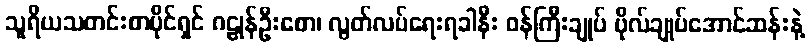
သူရိယသတင်းစာပိုင်ရှင် ဂဠုန်ဦးစော၊ လွတ်လပ်ရေးရခါနီး ဝန်ကြီးချုပ် ဗိုလ်ချုပ်အောင်ဆန်းနဲ့